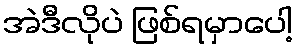
အဲဒီလိုပဲ ဖြစ်ရမှာပေါ့